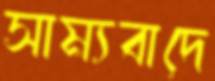
সাম্যবাদে